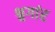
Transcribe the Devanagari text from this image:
श्र्रगांर